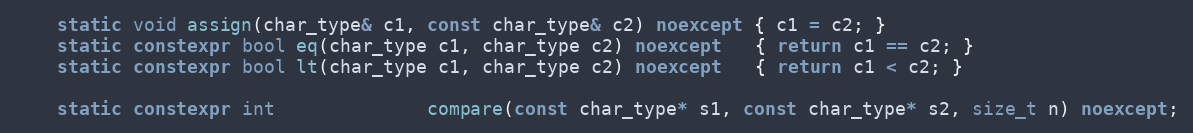
Language: C++
    static void assign(char_type& c1, const char_type& c2) noexcept { c1 = c2; }
    static constexpr bool eq(char_type c1, char_type c2) noexcept   { return c1 == c2; }
    static constexpr bool lt(char_type c1, char_type c2) noexcept   { return c1 < c2; }

    static constexpr int              compare(const char_type* s1, const char_type* s2, size_t n) noexcept;